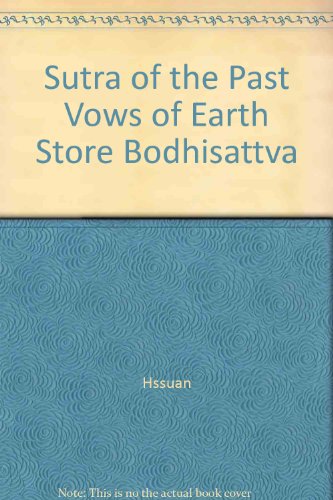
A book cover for Sutra of the Past Vows of Earth Store Bodhisattva; Buddhist Text Translation Society; Religion & Spirituality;